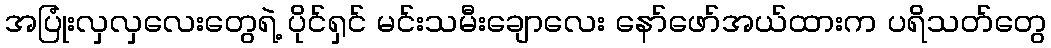
အပြုံးလှလှလေးတွေရဲ့ ပိုင်ရှင် မင်းသမီးချောလေး နော်ဖော်အယ်ထားက ပရိသတ်တွေ